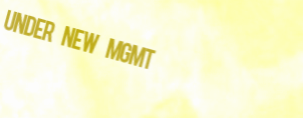
Under New Mgmt